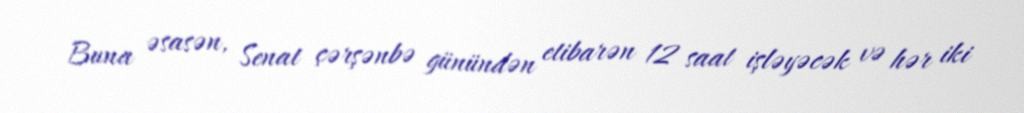
Buna əsasən, Senat çərşənbə günündən etibarən 12 saat işləyəcək və hər iki